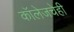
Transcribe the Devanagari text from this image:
कॉलेजचेही